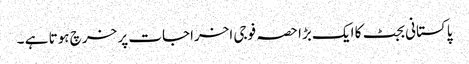
پاکستانی بجٹ کا ایک بڑا حصہ فوجی اخراجات پر خرچ ہوتا ہے ۔